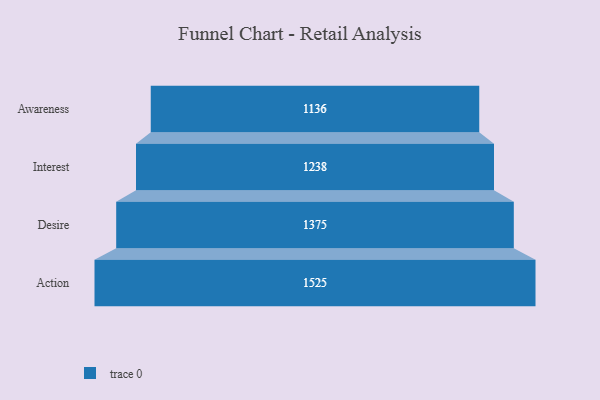
{"axis": {"x": "Stage", "y": "Value"}, "legend": [""], "data": [{"x": "Awareness", "y": 1136.0, "type": ""}, {"x": "Interest", "y": 1238.0, "type": ""}, {"x": "Desire", "y": 1375.0, "type": ""}, {"x": "Action", "y": 1525.0, "type": ""}]}